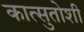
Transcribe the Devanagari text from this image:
कात्सुतोशी